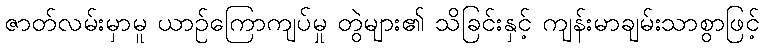
ဇာတ်လမ်းမှာမူ ယာဉ်ကြောကျပ်မှု တွဲများ၏ သိခြင်းနှင့် ကျန်းမာချမ်းသာစွာဖြင့်